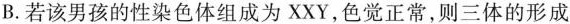
B.若该男孩的性染色体组成为XXY，色觉正常，则三体的形成